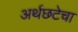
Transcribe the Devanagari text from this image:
अर्थछटेचा